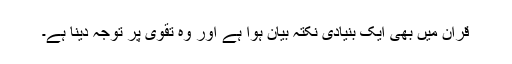
قرآن میں بھی ایک بنیادی نکتہ بیان ہوا ہے اور وہ تقوی پر توجہ دینا ہے۔